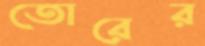
তোরের